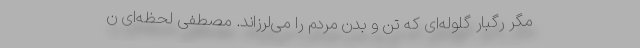
مگر رگبار گلوله‌ای که تن و بدن مردم را می‌لرزاند. مصطفی لحظه‌ای ن